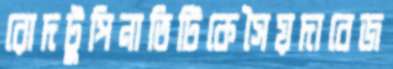
রোদটুপিনাতিটিকেসৈয়দাবেজ